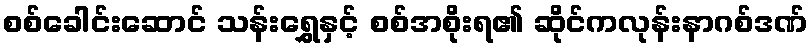
စစ်ခေါင်းဆောင် သန်းရွှေနှင့် စစ်အစိုးရ၏ ဆိုင်ကလုန်းနာဂစ်ဒဏ်